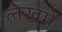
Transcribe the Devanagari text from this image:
लेखमें